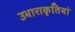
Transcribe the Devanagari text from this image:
उभाराकृतियां